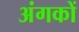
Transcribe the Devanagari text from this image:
अंगकों